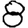
Digit: 8